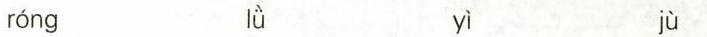
róng lǜ yì jù